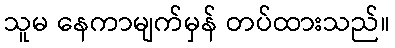
သူမ နေကာမျက်မှန် တပ်ထားသည်။